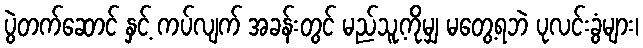
ပွဲတက်ဆောင် နှင့် ကပ်လျက် အခန်းတွင် မည်သူ့ကိုမျှ မတွေ့ရဘဲ ပုလင်းခွံများ၊